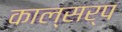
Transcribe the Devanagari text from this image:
काल्सर्प